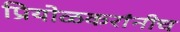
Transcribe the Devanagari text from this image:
प्रियोळकरांनीच